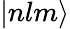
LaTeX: |nlm\rangle